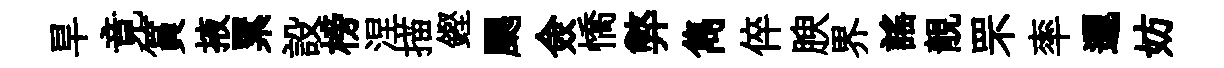
旱竟篔掖累設榜涅描鏗颸僉憍弊雋倅腴界謡靚罘率邐妨